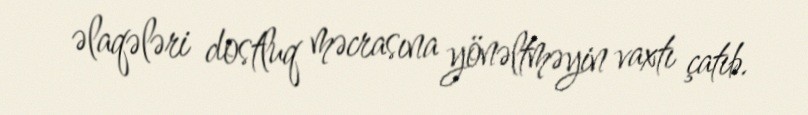
əlaqələri dostluq məcrasına yönəltməyin vaxtı çatıb.